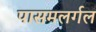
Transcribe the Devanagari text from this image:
पासमलर्गल